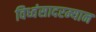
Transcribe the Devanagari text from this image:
विध्वंसादरम्यान